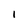
Character: 1